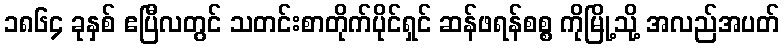
၁၈၆၄ ခုနှစ် ဧပြီလတွင် သတင်းစာတိုက်ပိုင်ရှင် ဆန်ဖရန်စစ္စ ကိုမြို့သို့ အလည်အပတ်